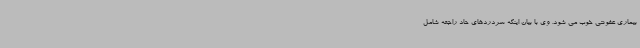
بیماری عفونتی خوب می شود. وی با بیان اینکه سردردهای حاد راجعه شامل